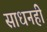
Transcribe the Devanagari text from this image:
साधनही